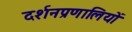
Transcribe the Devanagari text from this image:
दर्शनप्रणालियों